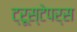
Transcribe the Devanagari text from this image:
ट्रूस्टेपर्स